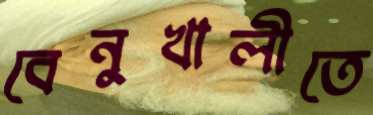
বেনুখালীতে